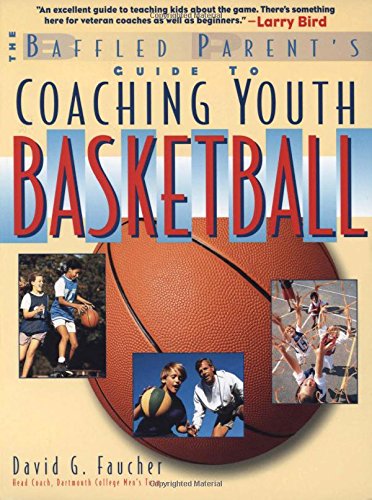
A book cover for Coaching Youth Basketball: A Baffled Parent's Guide; David Faucher; Sports & Outdoors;